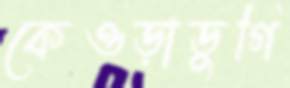
কেওড়াডুগি